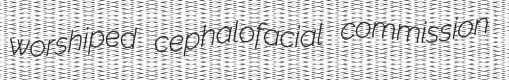
worshiped cephalofacial commission